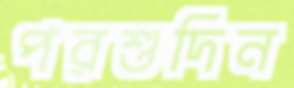
পরশুদিন